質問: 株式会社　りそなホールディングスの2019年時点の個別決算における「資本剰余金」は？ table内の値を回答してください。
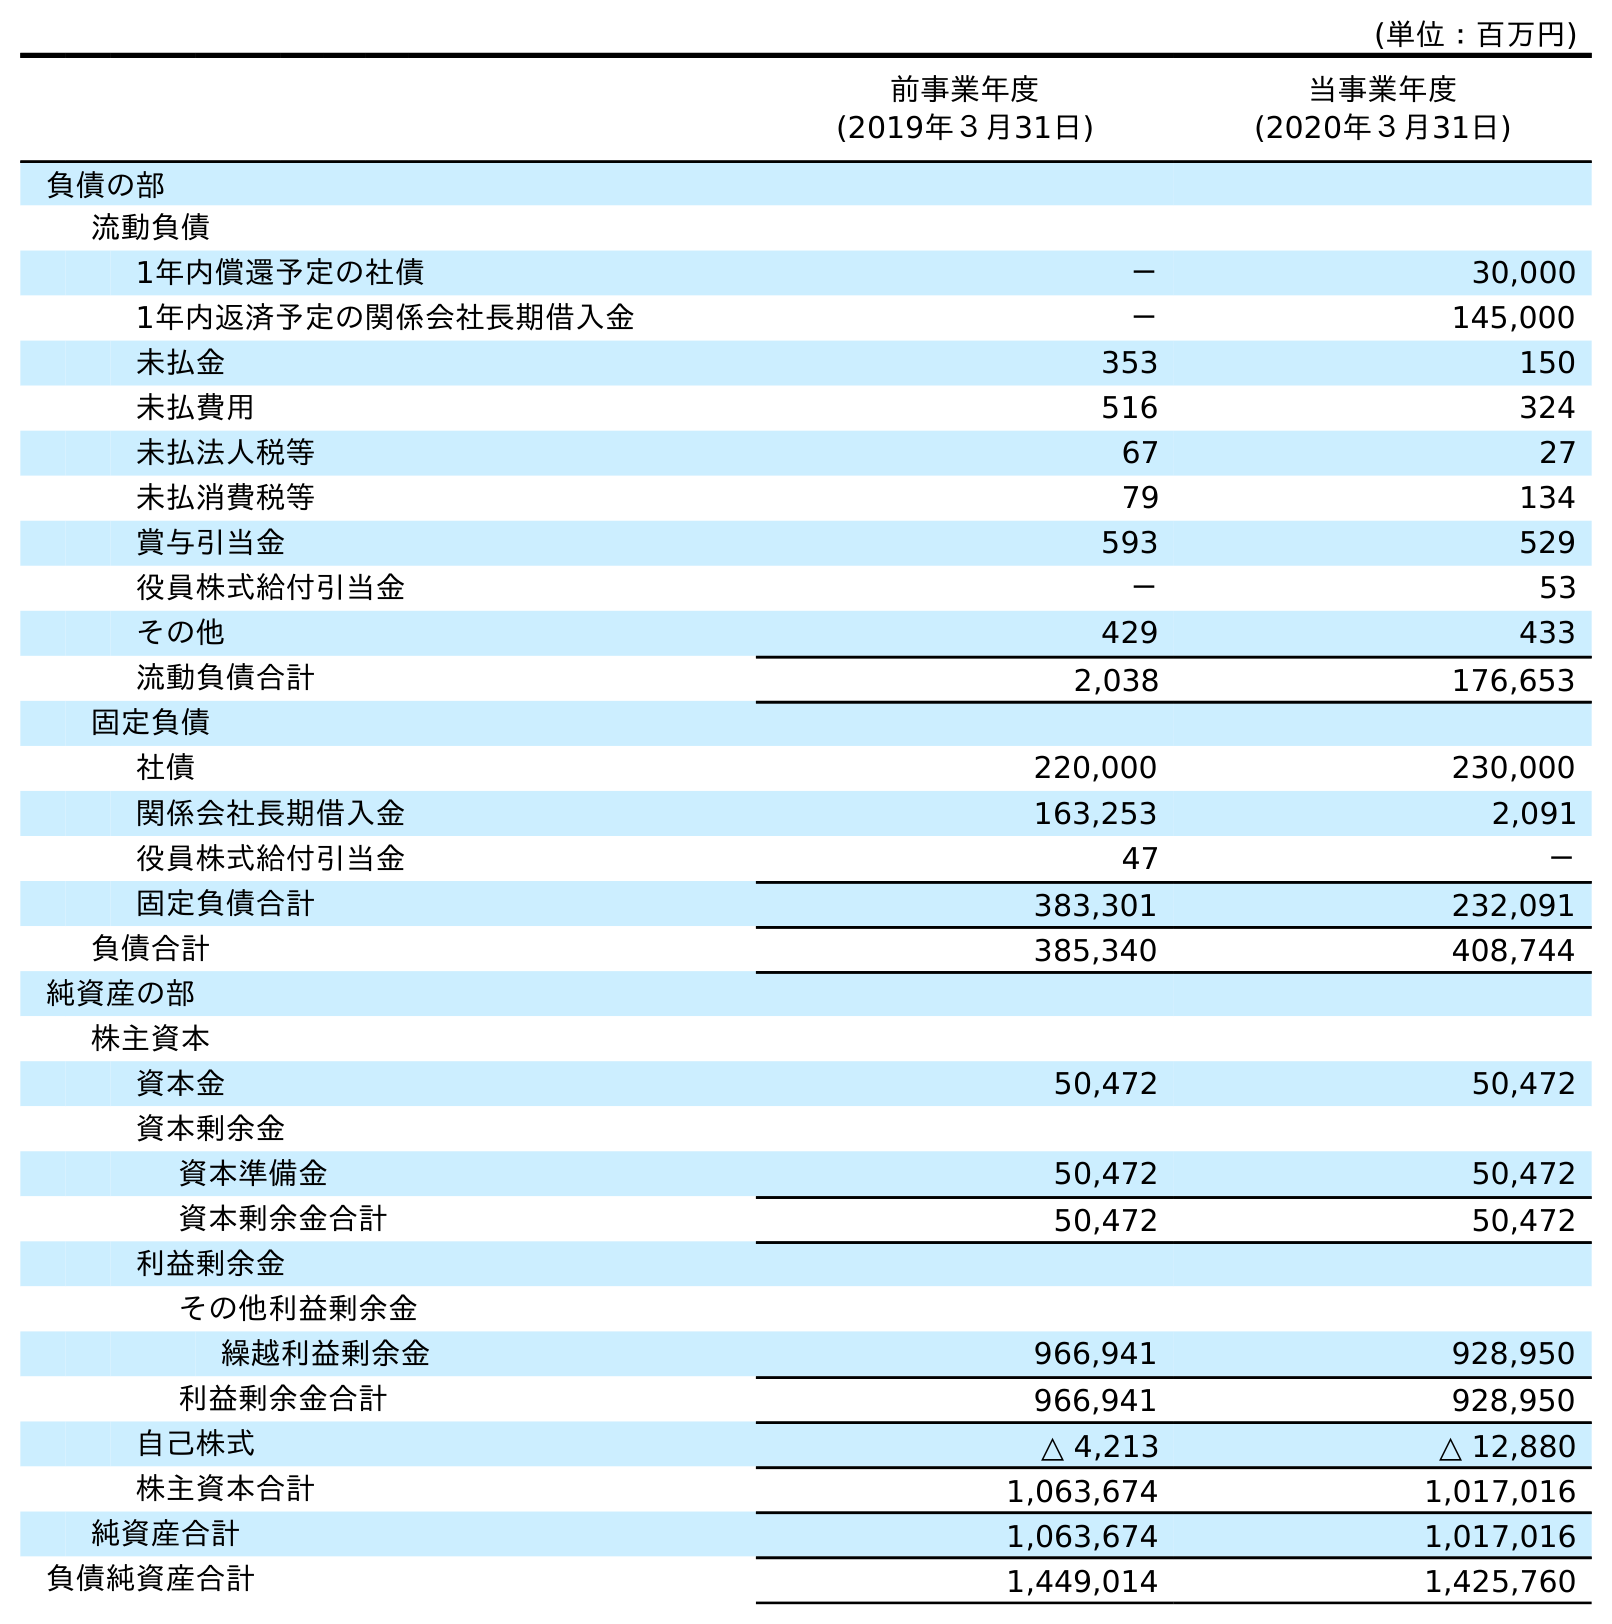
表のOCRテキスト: (単位：百万円) 前事業年度 (2019年３月31日) 当事業年度 (2020年３月31日) 負債の部 流動負債 1年内償還予定の社債 － 30,000 1年内返済予定の関係会社長期借入金 － 145,000 未払金 353 150 未払費用 516 324 未払法人税等 67 27 未払消費税等 79 134 賞与引当金 593 529 役員株式給付引当金 － 53 その他 429 433 流動負債合計 2,038 176,653 固定負債 社債 220,000 230,000 関係会社長期借入金 163,253 2,091 役員株式給付引当金 47 － 固定負債合計 383,301 232,091 負債合計 385,340 408,744 純資産の部 株主資本 資本金 50,472 50,472 資本剰余金 資本準備金 50,472 50,472 資本剰余金合計 50,472 50,472 利益剰余金 その他利益剰余金 繰越利益剰余金 966,941 928,950 利益剰余金合計 966,941 928,950 自己株式 △ 4,213 △ 12,880 株主資本合計 1,063,674 1,017,016 純資産合計 1,063,674 1,017,016 負債純資産合計 1,449,014 1,425,760
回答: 50,472